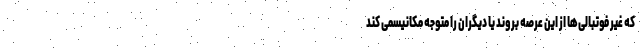
که غیر فوتبالی‌ها از این عرصه بروند یا دیگران را متوجه مکانیسمی کند